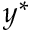
y ^ { * }